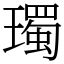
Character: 㻿